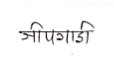
मजकूर: जीपगाडी